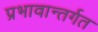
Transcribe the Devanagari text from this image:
प्रभावान्तर्गत